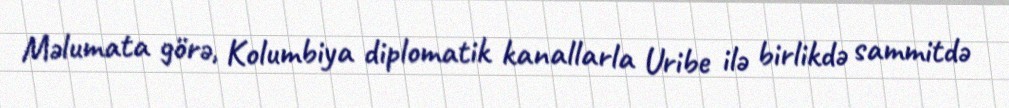
Məlumata görə, Kolumbiya diplomatik kanallarla Uribe ilə birlikdə sammitdə